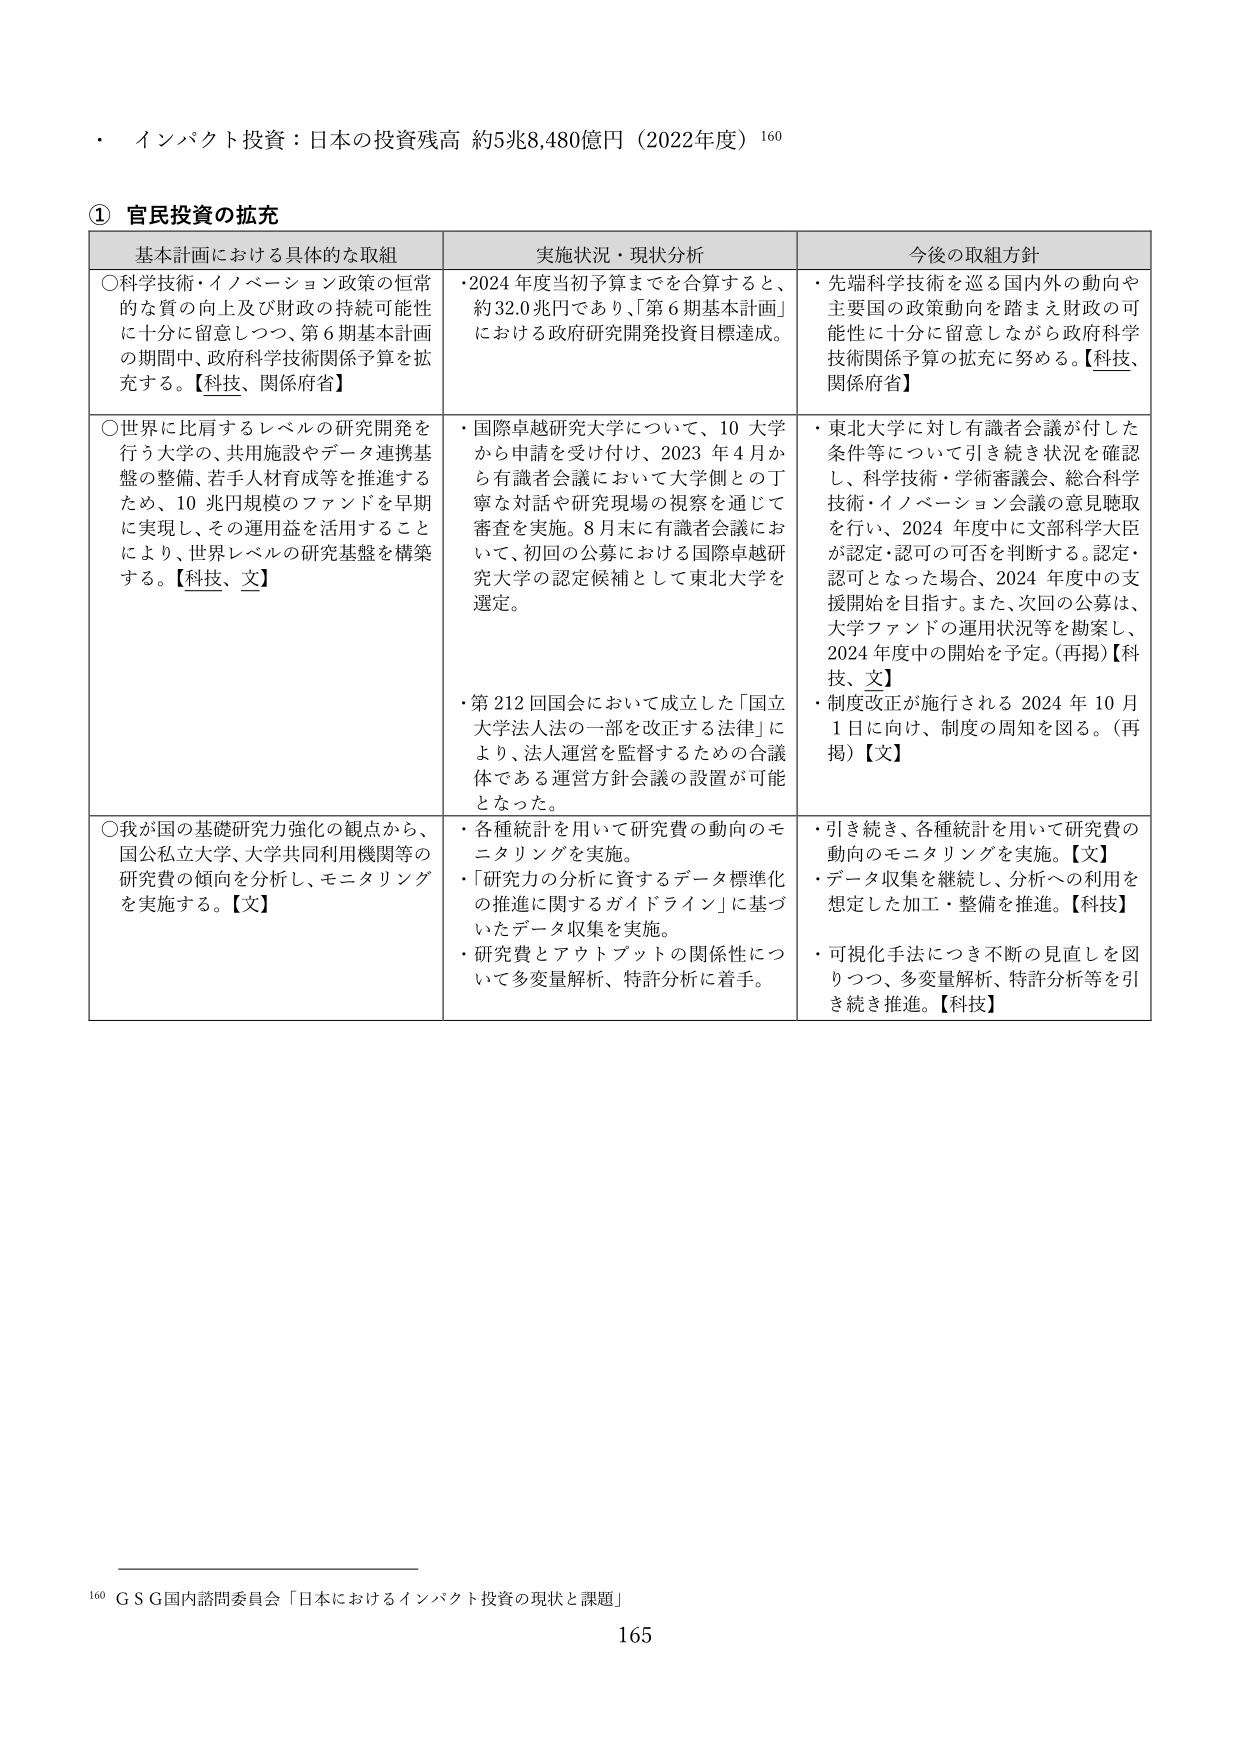
・ インパクト投資：日本の投資残高 約5兆8,480億円（2022年度）160

① 官民投資の拡充

基本計画における具体的な取組 実施状況・現状分析 今後の取組方針

○科学技術・イノベーション政策の恒常的な質の向上及び財政の持続可能性に十分に留意しつつ、第6期基本計画の期間中、政府科学技術関係予算を拡充する。【科技、関係府省】

・2024年度当初予算までを合算すると、約32.0兆円であり、「第6期基本計画」における政府研究開発投資目標達成。

・先端科学技術を巡る国内外の動向や主要国の政策動向を踏まえ財政の可能性に十分に留意しながら政府科学技術関係予算の拡充に努める。【科技、関係府省】

○世界に比肩するレベルの研究開発を行う大学の、共用施設やデータ連携基盤の整備、若手人材育成等を推進するため、10兆円規模のファンドを早期に実現し、その運用益を活用することにより、世界レベルの研究基盤を構築する。【科技、文】

・国際卓越研究大学について、10大学から申請を受け付け、2023年4月から有識者会議において大学側との丁寧な対話や研究現場の視察を通じて審査を実施。8月末に有識者会議において、初回の公募における国際卓越研究大学の認定候補として東北大学を選定。

・第212回国会において成立した「国立大学法人法の一部を改正する法律」により、法人運営を監督するための合議体である運営方針会議の設置が可能となった。

・東北大学に対し有識者会議が付した条件等について引き続き状況を確認し、科学技術・学術審議会、総合科学技術・イノベーション会議の意見聴取を行い、2024年度中に文部科学大臣が認定・認可の可否を判断する。認定・認可となった場合、2024年度中の支援開始を目指す。また、次回の公募は、大学ファンドの運用状況等を勘案し、2024年度中の開始を予定。（再掲）【科技、文】

・制度改正が施行される2024年10月1日に向け、制度の周知を図る。（再掲）【文】

○我が国の基礎研究力強化の観点から、国公私立大学、大学共同利用機関等の研究費の傾向を分析し、モニタリングを実施する。【文】

・各種統計を用いて研究費の動向のモニタリングを実施。

・「研究力の分析に資するデータ標準化の推進に関するガイドライン」に基づいたデータ収集を実施。

・研究費とアウトプットの関係性について多変量解析、特許分析に着手。

・引き続き、各種統計を用いて研究費の動向のモニタリングを実施。【文】

・データ収集を継続し、分析への利用を想定した加工・整備を推進。【科技】

・可視化手法につき不断の見直しを図りつつ、多変量解析、特許分析等を引き続き推進。【科技】

160 G S G国内諮問委員会「日本におけるインパクト投資の現状と課題」

165